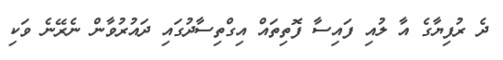
ދެ ރުފިޔާގެ އާ ލުއި ފައިސާ ފޮތިތައް އިގްތިސާދުގައި ދައުރުވާން ނެރޭނެ ވަކި